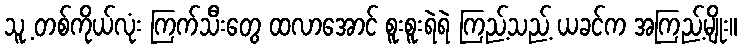
သူ့ တစ်ကိုယ်လုံး ကြက်သီးတွေ ထလာအောင် စူးစူးရဲရဲ ကြည့်သည့် ယခင်က အကြည့်မျိုး။